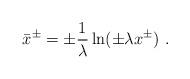
\begin{align*}\bar x^\pm=\pm{1 \over \lambda}\ln(\pm \lambda x^\pm) \ .\end{align*}